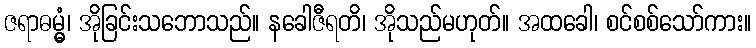
ဇရာဓမ္မွံ၊ အိုခြင်းသဘောသည်။ နခေါဇီရတိ၊ အိုသည်မဟုတ်။ အထခေါ၊ စင်စစ်သော်ကား။